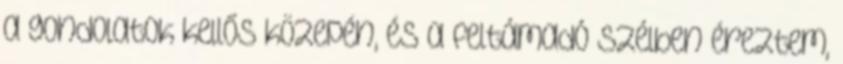
a gondolatok kellős közepén, és a feltámadó szélben éreztem,